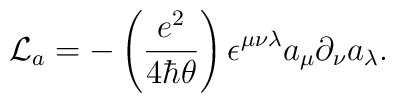
{\mathcal L}_a=-\left({e^2\over 4\hbar\theta}\right)\epsilon^{\mu\nu\lambda}a_\mu\partial_\nu a_\lambda.